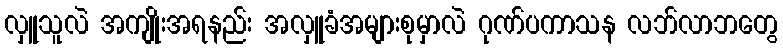
လှူသူလဲ အကျိုးအရနည်း အလှူခံအများစုမှာလဲ ဂုဏ်ပကာသန လဘ်လာဘတွေ